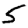
Digit: 5